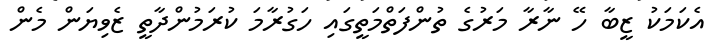
އެކަމަކު ޒީބާ ހޭ ނާރާ މަރުގެ ތުންފަތްމަތީގައި ހަގުރާމަ ކުރަމުންދާތީ ޒެވިޔަން މެން